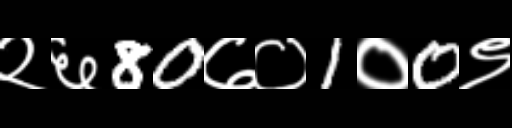
Text: २६80७०1०0९